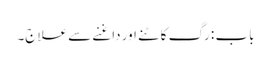
باب : رگ کاٹنے اور داغنے سے علاج۔